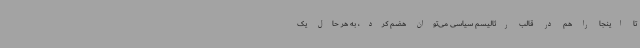
تا اینجا را هم در قالب رئالیسم سیاسی می‌توان هضم کرد، به هر حال یک